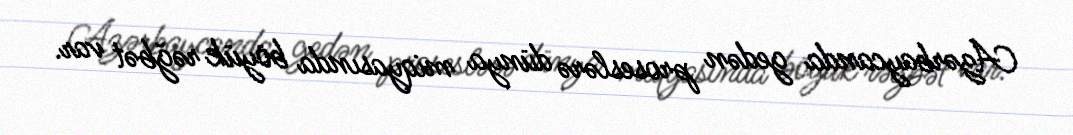
Azərbaycanda gedən proseslərə dünya miqyasında böyük rəğbət var.